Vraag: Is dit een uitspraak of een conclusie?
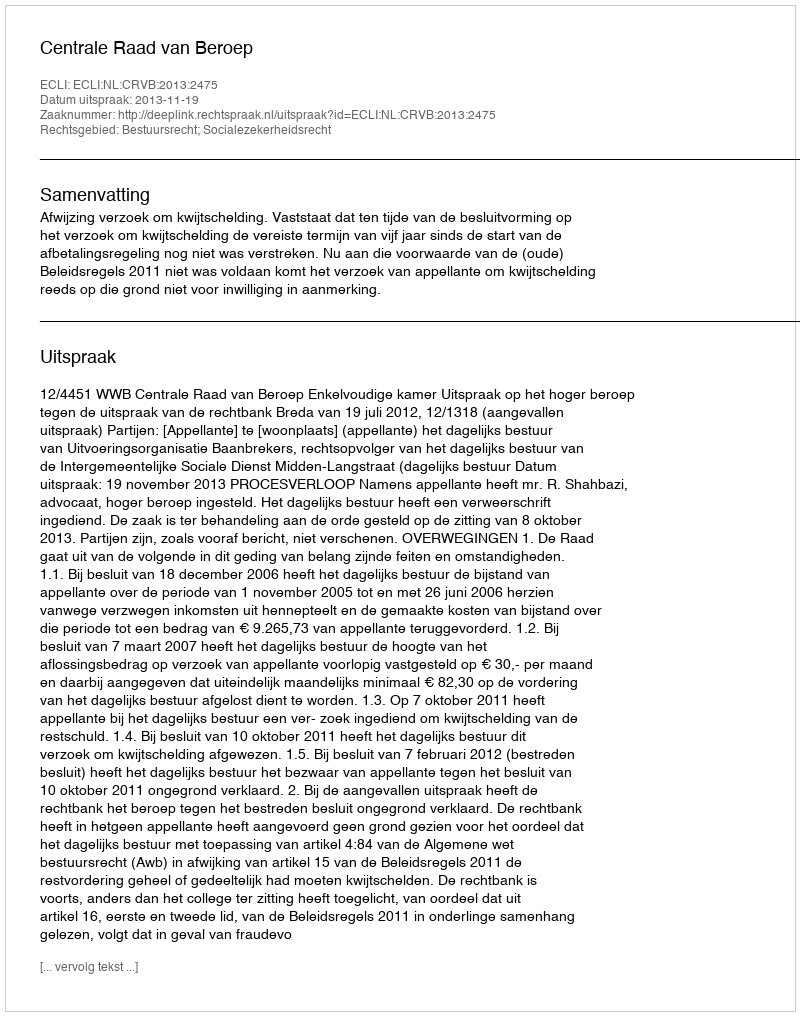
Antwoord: Uitspraak